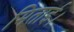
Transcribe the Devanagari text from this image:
मिताई।